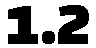
1.2